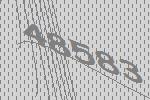
48583